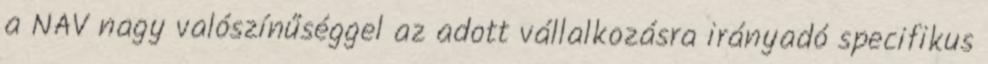
a NAV nagy valószínűséggel az adott vállalkozásra irányadó specifikus